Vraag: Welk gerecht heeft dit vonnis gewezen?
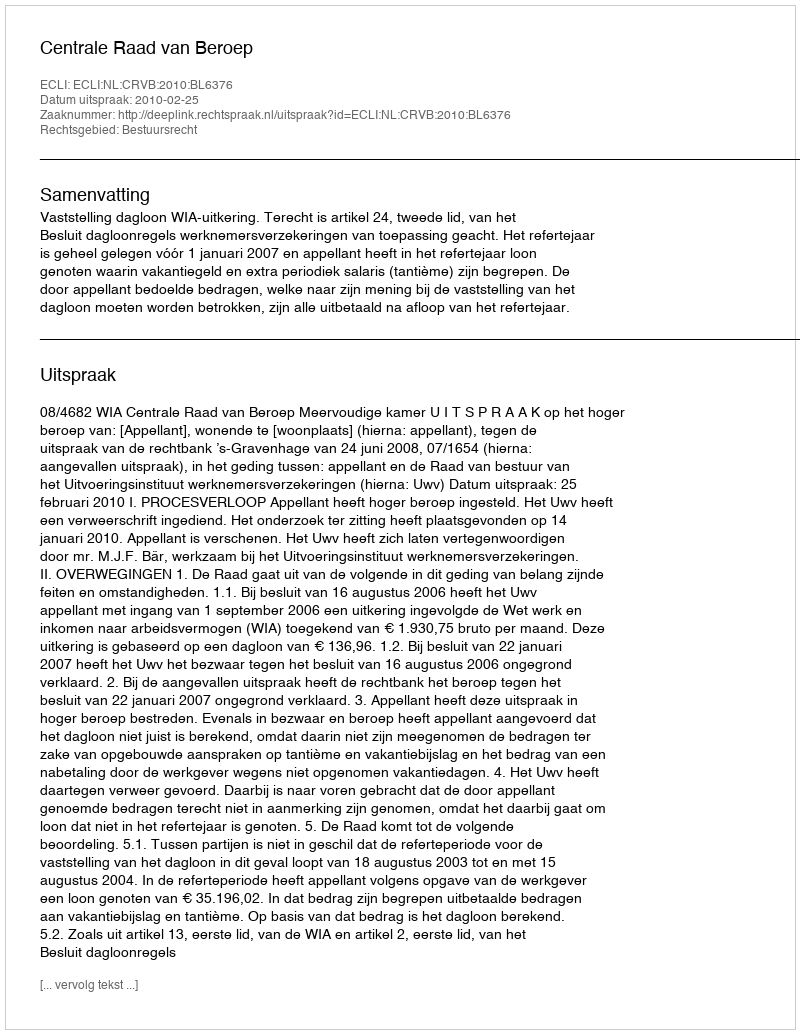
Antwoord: Centrale Raad van Beroep